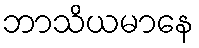
ဘာသိယမာနေ